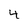
Character: 4